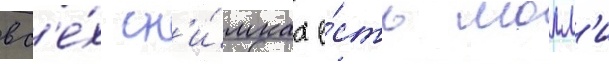
вс'е́х сн'и́мках е́сть молл'и